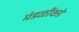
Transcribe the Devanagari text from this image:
मंडळींकडे